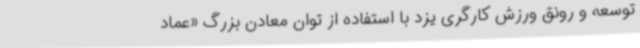
توسعه و رونق ورزش کارگری یزد با استفاده از توان معادن بزرگ «عماد